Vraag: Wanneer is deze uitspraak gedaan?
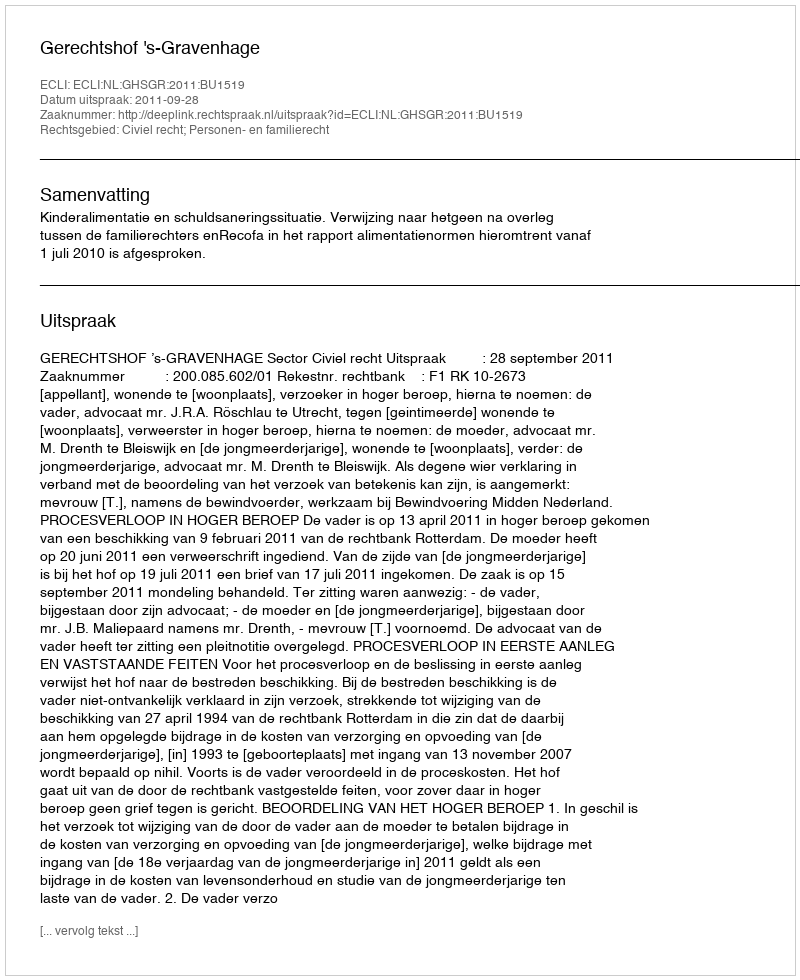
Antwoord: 2011-09-28